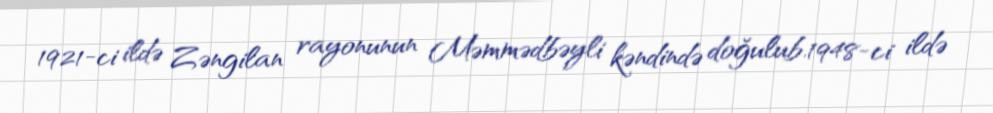
1921-ci ildə Zəngilan rayonunun Məmmədbəyli kəndində doğulub.1948-ci ildə